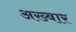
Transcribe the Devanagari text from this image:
अख्बार